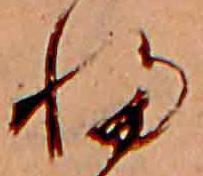
ふ